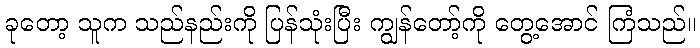
ခုတော့ သူက သည်နည်းကို ပြန်သုံးပြီး ကျွန်တော့်ကို တွေ့အောင် ကြံသည်။